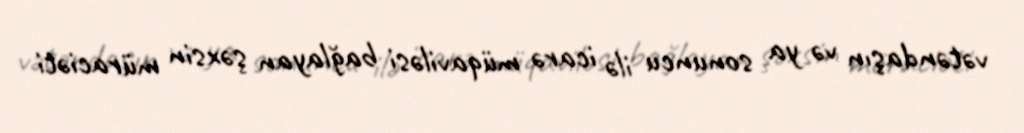
vətəndaşın və ya sonuncu ilə icarə müqaviləsi bağlayan şəxsin müraciəti